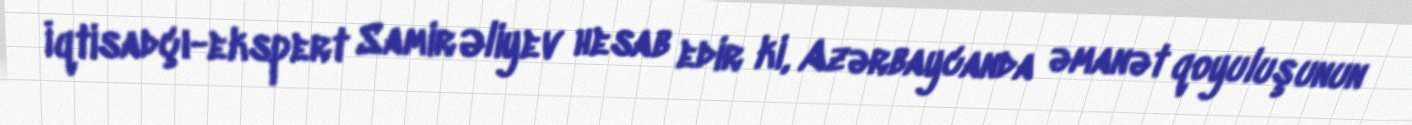
İqtisadçı-ekspert Samir Əliyev hesab edir ki, Azərbaycanda əmanət qoyuluşunun